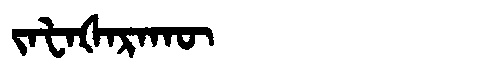
Manchu: ᠵᠠᡶᠠᡧᠠᡵᠠᡴᡡ
Romanization: JAFAŠARAKŪ